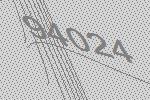
94024